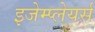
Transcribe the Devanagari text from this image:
इजेम्प्लेयर्स